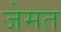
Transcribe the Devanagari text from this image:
जेमत